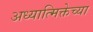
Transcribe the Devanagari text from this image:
अध्यात्मिक्तेच्या